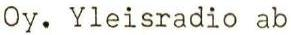
Oy. Yleisradio ab